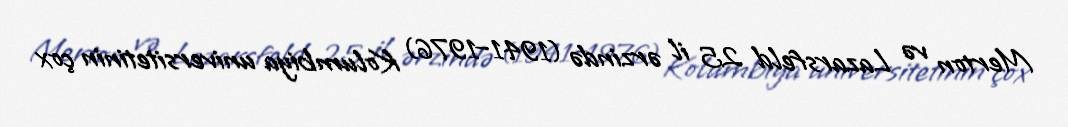
Merton və Lazarsfeld 25 il ərzində (1941–1976) Kolumbiya universitetinin çox